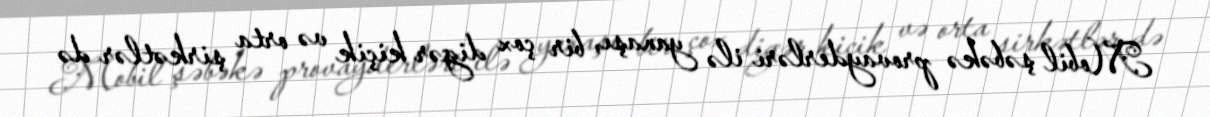
Mobil şəbəkə provayderləri ilə yanaşı, bir çox digər kiçik və orta şirkətlər də